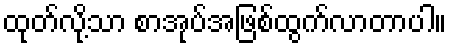
ထုတ်လို့သာ စာအုပ်အဖြစ်ထွက်လာတာပါ။